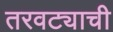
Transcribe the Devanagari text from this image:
तरवट्याची